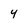
Character: 4